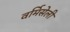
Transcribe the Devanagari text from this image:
वर्मिसेली